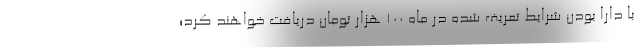
با دارا بودن شرایط تعریف شده در ماه ۱۰۰ هزار تومان دریافت خواهند کرد؛